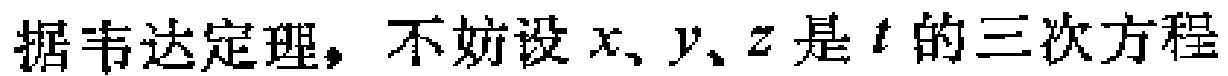
据韦达定理，不妨设\(x、y、z\)是\(t\)的三次方程